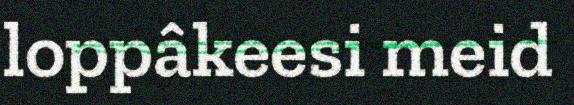
loppâkeesi meid